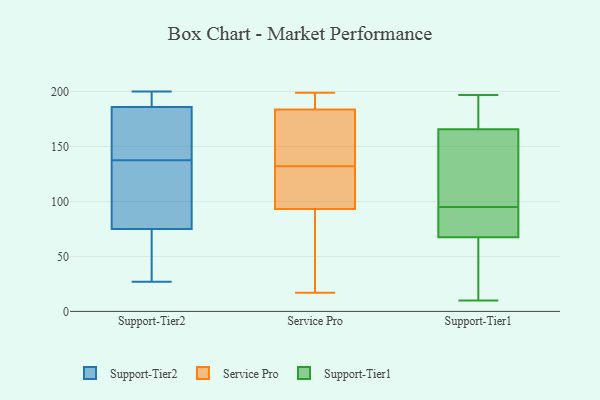
{"axis": {"x": "Population (Million)", "y": "Value"}, "legend": ["Service Pro", "Support-Tier1", "Support-Tier2"], "data": [{"x": "", "y": 196, "type": "Support-Tier2"}, {"x": "", "y": 31, "type": "Support-Tier2"}, {"x": "", "y": 148, "type": "Support-Tier2"}, {"x": "", "y": 167, "type": "Support-Tier2"}, {"x": "", "y": 200, "type": "Support-Tier2"}, {"x": "", "y": 186, "type": "Support-Tier2"}, {"x": "", "y": 152, "type": "Support-Tier2"}, {"x": "", "y": 127, "type": "Support-Tier2"}, {"x": "", "y": 27, "type": "Support-Tier2"}, {"x": "", "y": 199, "type": "Support-Tier2"}, {"x": "", "y": 64, "type": "Support-Tier2"}, {"x": "", "y": 75, "type": "Support-Tier2"}, {"x": "", "y": 83, "type": "Support-Tier2"}, {"x": "", "y": 120, "type": "Support-Tier2"}, {"x": "", "y": 199, "type": "Service Pro"}, {"x": "", "y": 186, "type": "Service Pro"}, {"x": "", "y": 58, "type": "Service Pro"}, {"x": "", "y": 25, "type": "Service Pro"}, {"x": "", "y": 193, "type": "Service Pro"}, {"x": "", "y": 121, "type": "Service Pro"}, {"x": "", "y": 73, "type": "Service Pro"}, {"x": "", "y": 183, "type": "Service Pro"}, {"x": "", "y": 143, "type": "Service Pro"}, {"x": "", "y": 17, "type": "Service Pro"}, {"x": "", "y": 140, "type": "Service Pro"}, {"x": "", "y": 190, "type": "Service Pro"}, {"x": "", "y": 123, "type": "Service Pro"}, {"x": "", "y": 128, "type": "Service Pro"}, {"x": "", "y": 132, "type": "Service Pro"}, {"x": "", "y": 100, "type": "Service Pro"}, {"x": "", "y": 156, "type": "Service Pro"}, {"x": "", "y": 197, "type": "Support-Tier1"}, {"x": "", "y": 159, "type": "Support-Tier1"}, {"x": "", "y": 90, "type": "Support-Tier1"}, {"x": "", "y": 10, "type": "Support-Tier1"}, {"x": "", "y": 91, "type": "Support-Tier1"}, {"x": "", "y": 148, "type": "Support-Tier1"}, {"x": "", "y": 60, "type": "Support-Tier1"}, {"x": "", "y": 39, "type": "Support-Tier1"}, {"x": "", "y": 168, "type": "Support-Tier1"}, {"x": "", "y": 171, "type": "Support-Tier1"}, {"x": "", "y": 95, "type": "Support-Tier1"}]}